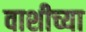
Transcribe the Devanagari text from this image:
वाशीच्या